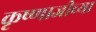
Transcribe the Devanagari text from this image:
कृष्णाजीच्या